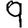
Digit: 9